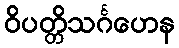
ဝိပတ္တိသင်္ဂဟေန